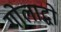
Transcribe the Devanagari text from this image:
गोलाद्धो